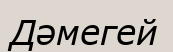
Дәмегей